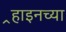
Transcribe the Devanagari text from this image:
र्‍हाइनच्या